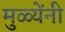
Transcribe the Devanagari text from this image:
मुळ्येंनी